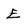
Character: E